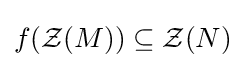
f({\mathcal {Z}}(M))\subseteq {\mathcal {Z}}(N)